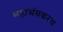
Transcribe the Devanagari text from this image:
महाभंयकरच